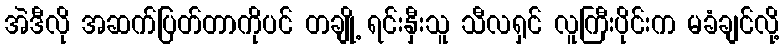
အဲဒီလို အဆက်ပြတ်တာကိုပင် တချို့ ရင်းနှီးသူ သီလရှင် လူကြီးပိုင်းက မခံချင်လို့